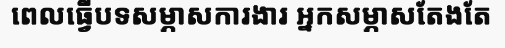
ពេលធ្វើបទសម្ភាសការងារ អ្នកសម្ភាសតែងតែ